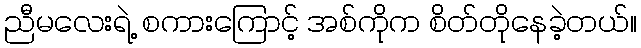
ညီမလေးရဲ့ စကားကြောင့် အစ်ကိုက စိတ်တိုနေခဲ့တယ်။